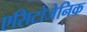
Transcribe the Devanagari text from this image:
एसिटोजेनिक